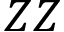
Z Z